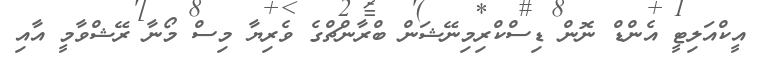
އީކްއަލިޓީ އެންޑް ނޮން ޑިސްކްރިމިނޭޝަން ބްރާންޗްގެ ވެރިޔާ މިސް މޯނާ ރޭޝްވާމީ އާއި